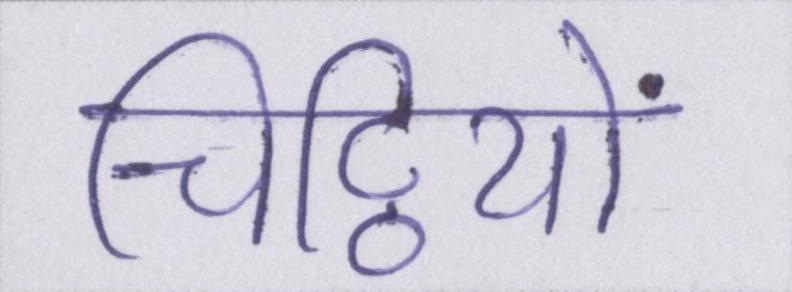
चिट्ठियों